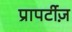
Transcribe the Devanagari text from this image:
प्रापर्टीज़